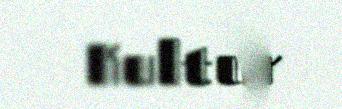
Kultur